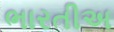
ભારતીઅ